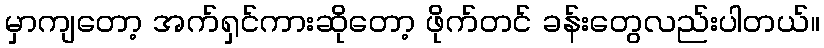
မှာကျတော့ အက်ရှင်ကားဆိုတော့ ဖိုက်တင် ခန်းတွေလည်းပါတယ်။